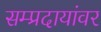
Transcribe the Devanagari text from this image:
सम्प्रदायांवर